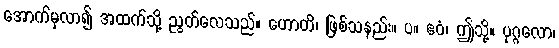
အောက်မှလာ၍ အထက်သို့ ညွတ်လေသည်။ ဟောတိ၊ ဖြစ်သနည်း။ ပ။ ဧဝံ၊ ဤသို့။ ပုဂ္ဂလော၊